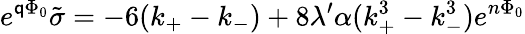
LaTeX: e^{\mathsf{q}\Phi_{0}}\tilde{{\sigma}}=-6(k_{+}-k_{-})+8\lambda^{\prime}\alpha(k_{+}^{3}-k_{-}^{3})e^{n\Phi_{0}}